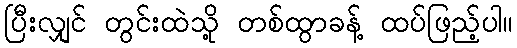
ပြီးလျှင် တွင်းထဲသို့ တစ်ထွာခန့် ထပ်ဖြည့်ပါ။